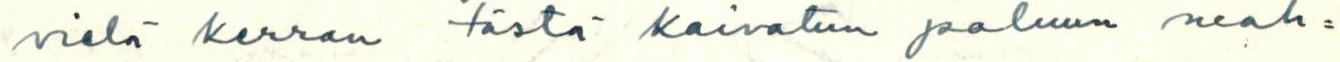
vielä kerran tästä kaivatun paluun mah=